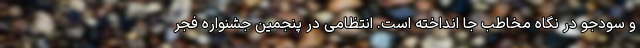
و سودجو در نگاه مخاطب جا انداخته است. انتظامی در پنجمین جشنواره فجر